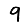
Digit: 9